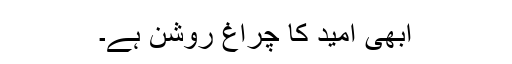
ابھی امید کا چراغ روشن ہے۔